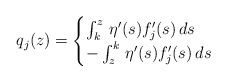
\begin{align*}q_{j}(z)=\begin{cases}\int_{k}^{z}\,\eta^{\prime}(s)f_{j}^{\prime}(s)\,ds & \\-\int_{z}^{k}\,\eta^{\prime}(s)f_{j}^{\prime}(s)\,ds & \end{cases}\end{align*}